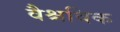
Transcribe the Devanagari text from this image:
वैश्चविक